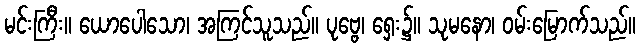
မင်းကြီး။ ယောပေါသော၊ အကြင်သူသည်။ ပုဗ္ဗေ၊ ရှေး၌။ သုမနော၊ ဝမ်းမြောက်သည်။